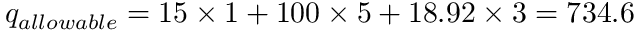
q _ { a l l o w a b l e } = 1 5 \times 1 + 1 0 0 \times 5 + 1 8 . 9 2 \times 3 = 7 3 4 . 6